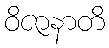
ဝိဇာနာတိ